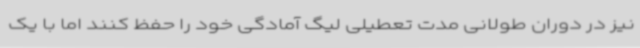
نیز در دوران طولانی مدت تعطیلی لیگ آمادگی خود را حفظ کنند اما با یک